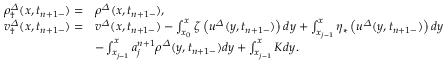
\begin{array} { r l } { { \rho } _ { \dagger } ^ { \varDelta } ( x , t _ { n + 1 - } ) = } & { { \rho } ^ { \varDelta } ( x , t _ { n + 1 - } ) , } \\ { { v } _ { \dagger } ^ { \varDelta } ( x , t _ { n + 1 - } ) = } & { { v } ^ { \varDelta } ( x , t _ { n + 1 - } ) - \int _ { x _ { 0 } } ^ { x } \zeta \left( { u } ^ { \varDelta } ( y , t _ { n + 1 - } ) \right) d y + \int _ { x _ { j - 1 } } ^ { x } \eta _ { \ast } \left( { u } ^ { \varDelta } ( y , t _ { n + 1 - } ) \right) d y } \\ & { - \int _ { x _ { j - 1 } } ^ { x } a _ { j } ^ { n + 1 } { \rho } ^ { \varDelta } ( y , t _ { n + 1 - } ) d y + \int _ { x _ { j - 1 } } ^ { x } K d y . } \end{array}